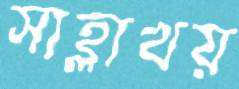
সাহ্লাখয়